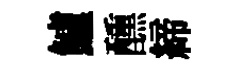
鱸醺締